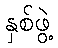
နှစ်ဖွဲ့